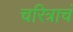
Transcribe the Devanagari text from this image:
चरित्राचं